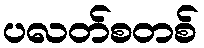
ပလတ်စတစ်